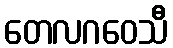
တေလဂဝေသီ